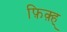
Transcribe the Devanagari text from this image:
फ़िक़्ह्